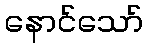
နောင်သော်